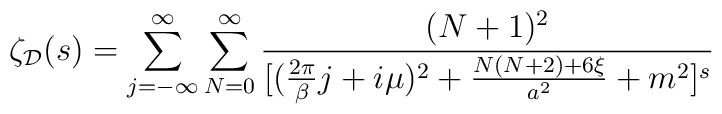
\zeta_{\cal D}(s) = \sum_{j = -\infty}^{\infty} \sum_{N = 0}^{\infty} {(N + 1)^2\over [({2\pi \over \beta}j + i\mu)^2 + {N (N + 2) + 6\xi \over a^2} + m^2]^s}